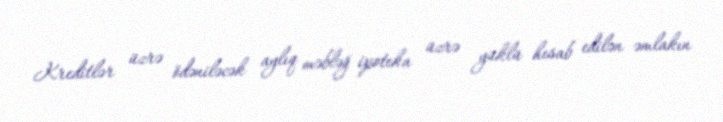
Kreditlər üzrə ödəniləcək aylıq məbləğ ipoteka üzrə yüklü hesab edilən əmlakın